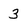
Character: 3